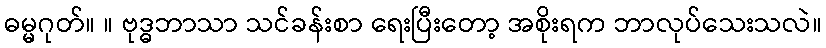
ဓမ္မဂုတ်။ ။ ဗုဒ္ဓဘာသာ သင်ခန်းစာ ရေးပြီးတော့ အစိုးရက ဘာလုပ်သေးသလဲ။